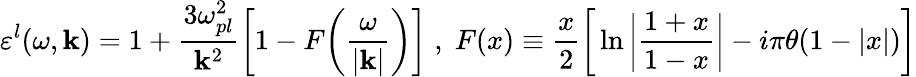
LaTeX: \varepsilon^{l}(\omega,{\mathbf k})=1+\frac{3\omega_{pl}^{2}}{{\mathbf k}^{2}}\bigg[1-F\bigg(\frac{\omega}{\vert{\mathbf k}\vert}\bigg)\bigg]\; ,\; F(x)\equiv\frac{x}{2}\bigg[\ln\bigg\vert\frac{1+x}{1-x}\bigg\vert-i\pi\theta(1-\vert x\vert)\bigg]